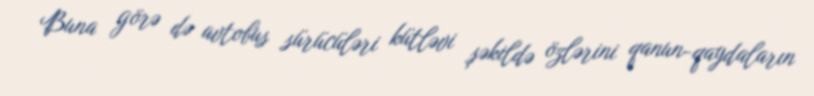
Buna görə də avtobus sürücüləri kütləvi şəkildə özlərini qanun-qaydaların